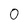
Character: 0